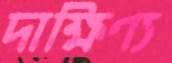
দাক্ষিণ্য